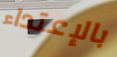
بالإعتداء